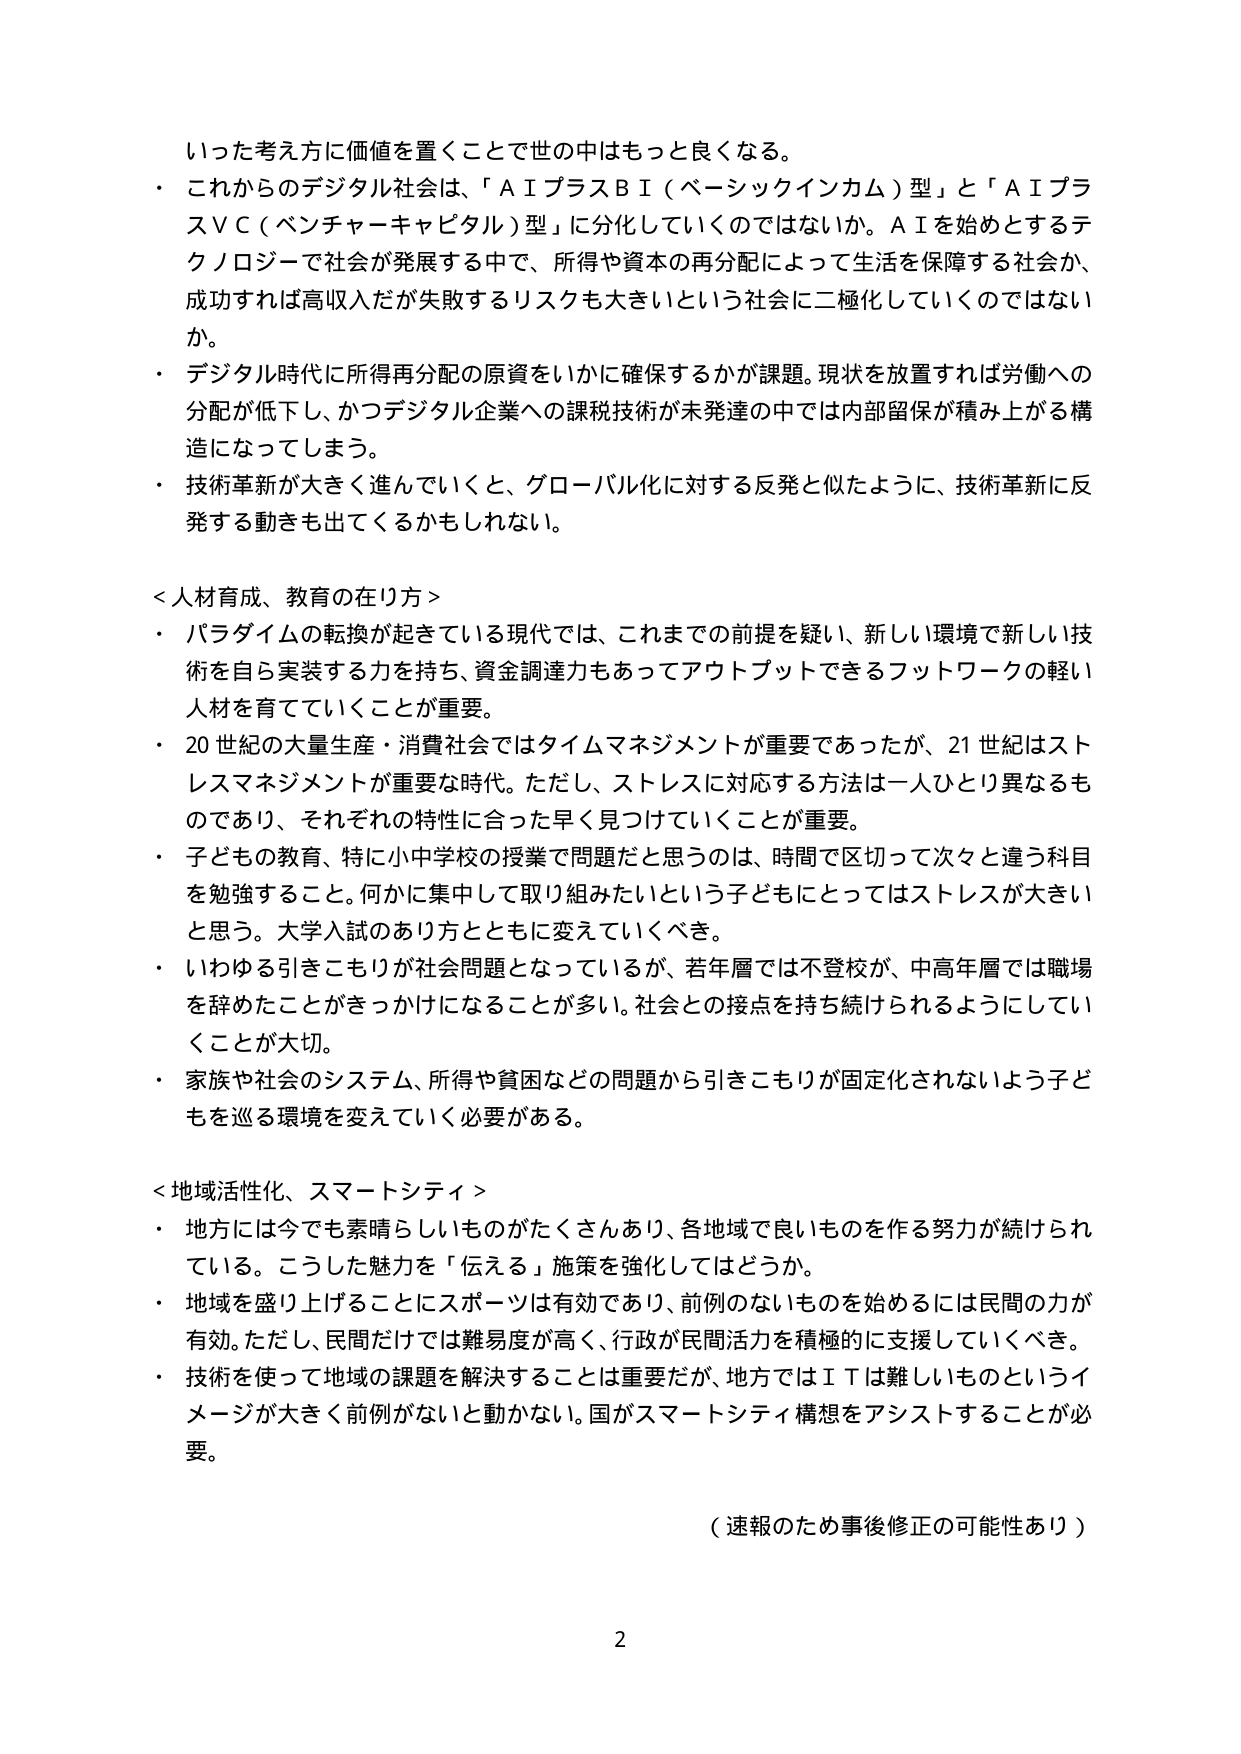
いった考え方に価値を置くことで世の中はもっと良くなる。
・ これからのデジタル社会は、「ＡＩプラスＢＩ（ベーシックインカム）型」と「ＡＩプラスＶＣ（ベンチャーキャピタル）型」に分化していくのではないか。ＡＩを始めとするテクノロジーで社会が発展する中で、所得や資本の再分配によって生活を保障する社会か、成功すれば高収入だが失敗するリスクも大きいという社会に二極化していくのではない
か。
・ デジタル時代に所得再分配の原資をいかに確保するかが課題。現状を放置すれば労働への分配が低下し、かつデジタル企業への課税技術が未発達の中では内部留保が積み上がる構造になってしまう。
・ 技術革新が大きく進んでいくと、グローバル化に対する反発と似たように、技術革新に反発する動きも出てくるかもしれない。

＜人材育成、教育の在り方＞
・ パラダイムの転換が起きている現代では、これまでの前提を疑い、新しい環境で新しい技術を自ら実装する力を持ち、資金調達力もあってアウトプットできるフットワークの軽い人材を育てていくことが重要。
・ 20世紀の大量生産・消費社会ではタイムマネジメントが重要であったが、21世紀はストレスマネジメントが重要な時代。ただし、ストレスに対応する方法は一人ひとり異なるものであり、それぞれの特性に合った早く見つけていくことが重要。
・ 子どもの教育、特に小中学校の授業で問題だと思うのは、時間で区切って次々と違う科目を勉強すること。何かに集中して取り組みたいという子どもにとってはストレスが大きいと思う。大学入試のあり方とともに変えていくべき。
・ いわゆる引きこもりが社会問題となっているが、若年層では不登校が、中高年層では職場を辞めたことがきっかけになることが多い。社会との接点を持ち続けられるようにしていくことが大切。
・ 家族や社会のシステム、所得や貧困などの問題から引きこもりが固定化されないよう子どもを巡る環境を変えていく必要がある。

＜地域活性化、スマートシティ＞
・ 地方には今でも素晴らしいものがたくさんあり、各地域で良いものを作る努力が続けられている。こうした魅力を「伝える」施策を強化してはどうか。
・ 地域を盛り上げることにスポーツは有効であり、前例のないものを始めるには民間の力が有効。ただし、民間だけでは難易度が高く、行政が民間活力を積極的に支援していくべき。
・ 技術を使って地域の課題を解決することは重要だが、地方ではＩＴは難しいものというイメージが大きく前例がないと動かない。国がスマートシティ構想をアシストすることが必要。

（速報のため事後修正の可能性あり）

2